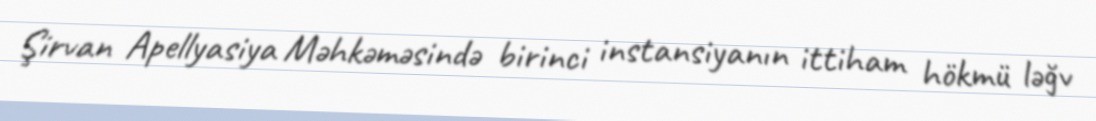
Şirvan Apellyasiya Məhkəməsində birinci instansiyanın ittiham hökmü ləğv